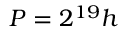
P = 2 ^ { 1 9 } h